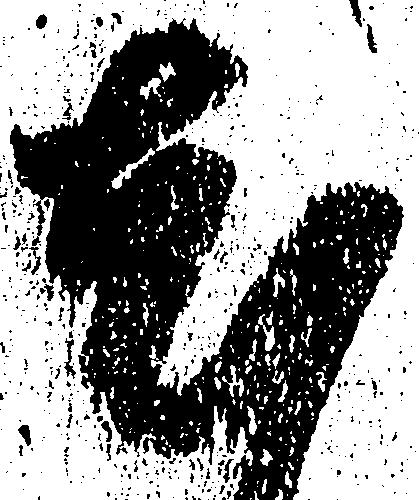
尤